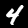
Label: 4